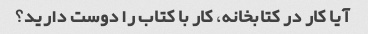
آیا کار در کتابخانه، کار با کتاب را دوست دارید؟